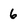
Character: 6